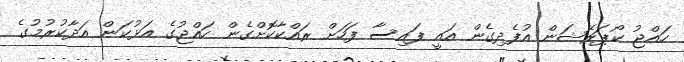
ހައްޖު ކޯޕަރޭޝަން އުފެދިގެން އައީ ފައިސާ ފަހަށް ރައްކާކޮށްގެން ހައްޖުގެ އަޅުކަން އަދާކުރުމުގެ